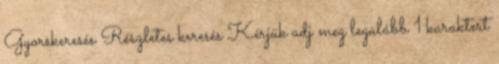
Gyorskeresés Részletes keresés Kérjük adj meg legalább 1 karaktert